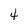
Character: 4